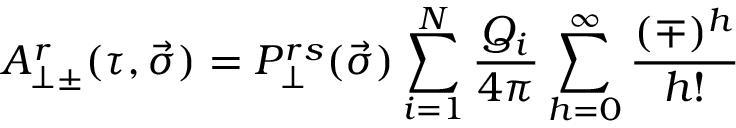
A _ { \perp \pm } ^ { r } ( \tau , \vec { \sigma } ) = P _ { \perp } ^ { r s } ( \vec { \sigma } ) \sum _ { i = 1 } ^ { N } \frac { Q _ { i } } { 4 \pi } \sum _ { h = 0 } ^ { \infty } \frac { ( \mp ) ^ { h } } { h ! }